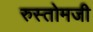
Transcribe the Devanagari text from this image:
रुस्तोमजी